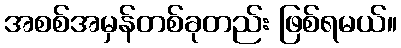
အစစ်အမှန်တစ်ခုတည်း ဖြစ်ရမယ်။